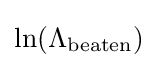
\ln(\Lambda _{\text{beaten}})